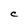
Character: C